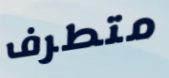
متطرف